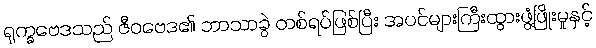
ရုက္ခဗေဒသည် ဇီဝဗေဒ၏ ဘာသာခွဲ တစ်ရပ်ဖြစ်ပြီး အပင်များကြီးထွားဖွံ့ဖြိုးမှုနှင့်